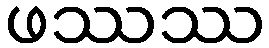
ဖဿဿ